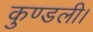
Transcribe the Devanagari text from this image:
कुण्डली।